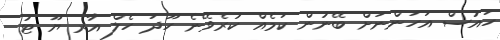
ހައުސް އަހަންނަށް ބޭނުން ކަމެއް ކުރެވޭނެ ހޫދަ ހެލް އާރ ޔޫ ޓު